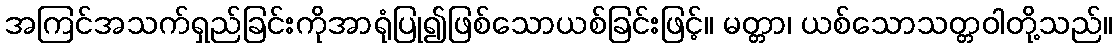
အကြင်အသက်ရှည်ခြင်းကိုအာရုံပြု၍ဖြစ်သောယစ်ခြင်းဖြင့်။ မတ္တာ၊ ယစ်သောသတ္တဝါတို့သည်။